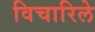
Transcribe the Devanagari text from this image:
विचारिले